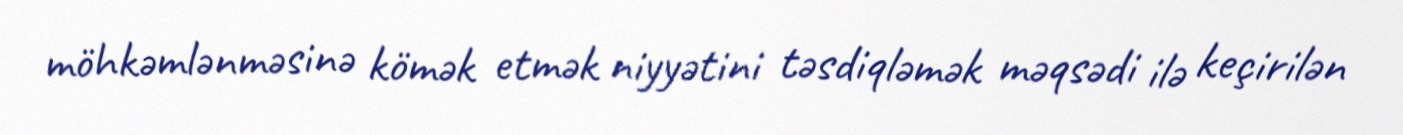
möhkəmlənməsinə kömək etmək niyyətini təsdiqləmək məqsədi ilə keçirilən